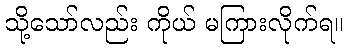
သို့သော်လည်း ကိုယ် မကြားလိုက်ရ။